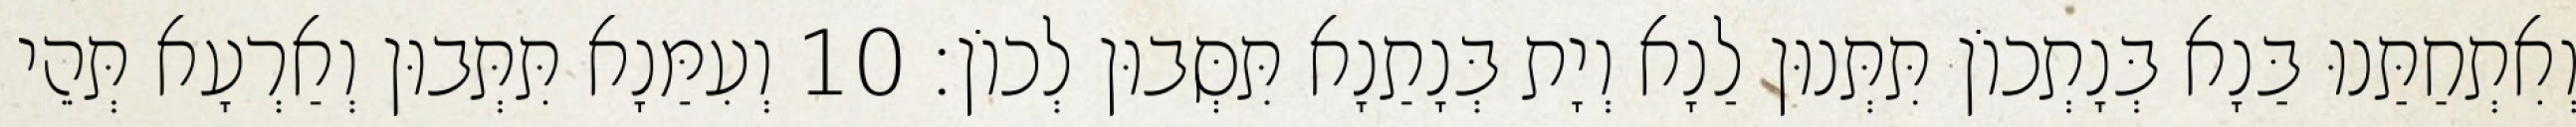
וְאִתְחַתַּנוּ בַּנָא בְּנָתְכוֹן תִּתְּנוּן לַנָא וְיָת בְּנָתַנָא תִּסְּבוּן לְכוֹן׃ 10 וְעִמַּנָא תִּתְּבוּן וְאַרְעָא תְּהֵי